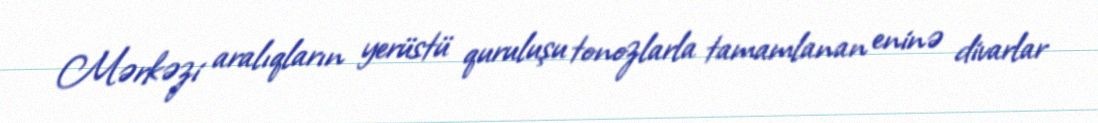
Mərkəzi aralıqların yerüstü quruluşu tonozlarla tamamlanan eninə divarlar